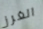
الغرز